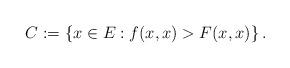
LaTeX: \begin{align*}C:= \left\{x \in E: f(x,x) > F(x,x) \right\}.\end{align*}